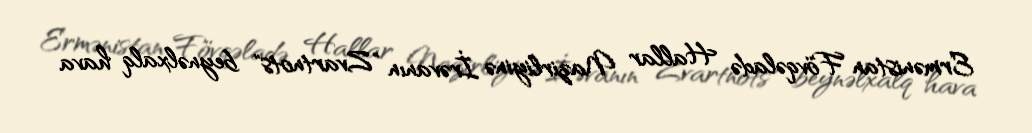
Ermənistan Fövqəladə Hallar Nazirliyinə İrəvanın "Zvartnots" beynəlxalq hava